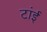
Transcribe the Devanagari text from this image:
टांई